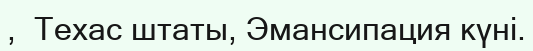
,  Техас штаты, Эмансипация күні.